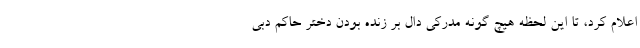
اعلام کرد، تا این لحظه هیچ گونه مدرکی دال بر زنده بودن دختر حاکم دبی